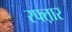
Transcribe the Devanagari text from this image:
रफ्त़ार